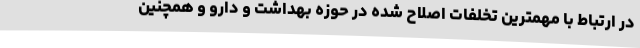
در ارتباط با مهمترین تخلفات اصلاح شده در حوزه بهداشت و دارو و همچنین